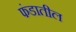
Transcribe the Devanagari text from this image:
फंडातील